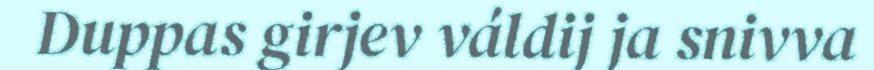
Duppas girjev váldij ja snivva